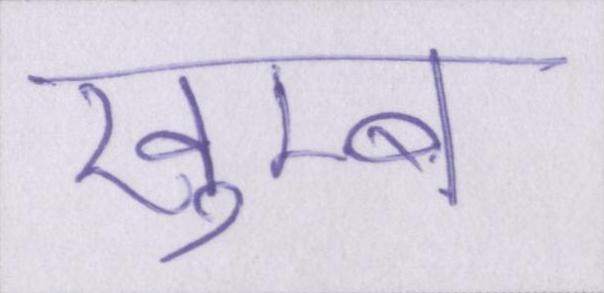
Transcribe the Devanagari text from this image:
खुम्ब